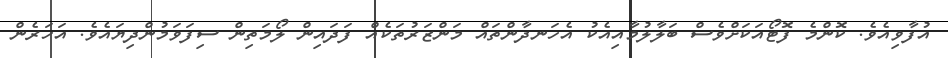
އުފާވިއެވެ. ކޮންމެ ފޮޓޯއަކަށްވެސް ބަލާލުމާއިއެކު އެހަނދާންތައް މަންޒަރުތަކެއް ފަދައިން ލޯމަތިން ސިފަވަމުންދިޔައެވެ. އަހަރެން